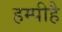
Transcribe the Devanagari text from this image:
हम्पीहै